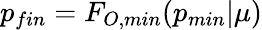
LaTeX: p_{fin}=F_{O,min}(p_{min}|\mu)